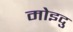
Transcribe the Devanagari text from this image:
मोइदु